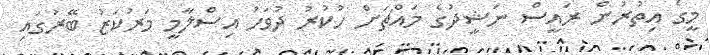
މީގެ އިތުރުން ރައީސް ނަޝީދުގެ މައްޗަށް ހުކުރު ދުވަހު އިސްލާމީ މަރުކަޒު ބޭރުގައި